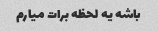
باشه یه لحظه برات میارم